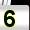
Digit: 5